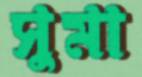
সুমা